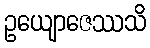
ဥယျောဇေဿသိ